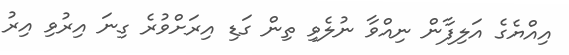
އިއްޔެގެ އަލިފާން ނިއްވާ ނުލެވި ތިން ގަޑި އިރަށްވުރެ ގިނަ އިރުވި އިރު